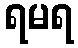
ရမရ